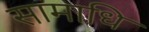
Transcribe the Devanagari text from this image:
सामाधि